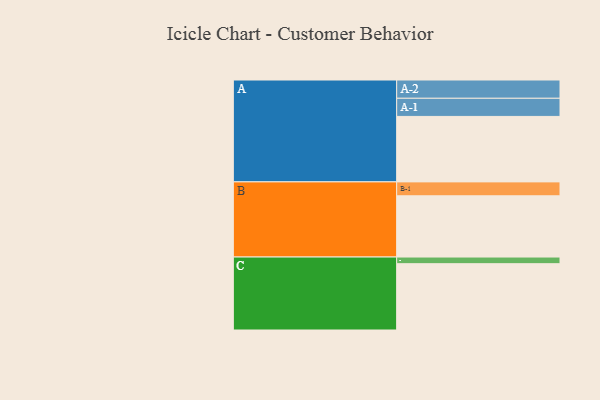
{"axis": {"x": "Segment", "y": "Value"}, "legend": ["", "A", "B", "C"], "data": [{"x": "A", "y": 541, "type": ""}, {"x": "B", "y": 506, "type": ""}, {"x": "C", "y": 548, "type": ""}, {"x": "A-1", "y": 150, "type": "A"}, {"x": "A-2", "y": 151, "type": "A"}, {"x": "B-1", "y": 115, "type": "B"}, {"x": "C-1", "y": 55, "type": "C"}]}